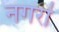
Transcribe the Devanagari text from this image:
नगरां